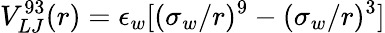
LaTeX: V_{LJ}^{93}(r)=\epsilon_{w}[(\sigma_{w}/r)^{9}-(\sigma_{w}/r)^{3}]